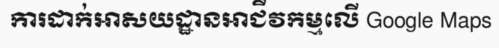
ការដាក់អាសយដ្ឋានអាជីវកម្មលើ Google Maps